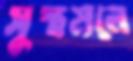
সুস্থমনে